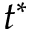
t ^ { * }